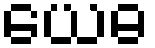
ယေဓ